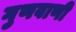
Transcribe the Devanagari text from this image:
गुणवाणी